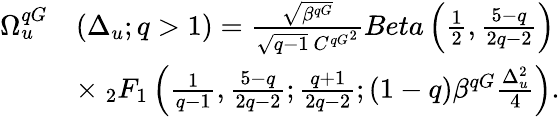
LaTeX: \begin{array}{rl}{\Omega_{u}^{qG}}&{\left(\Delta_{u};q>1\right)=\frac{\sqrt{\beta^{qG}}}{\sqrt{q-1}\ {C^{qG}}^{2}}Beta\left(\frac{1}{2},\frac{5-q}{2q-2}\right)}\\ &{\times\ _{2}F_{1}\left(\frac{1}{q-1},\frac{5-q}{2q-2};\frac{q+1}{2q-2};(1-q)\beta^{qG}\frac{\Delta_{u}^{2}}{4}\right).}\end{array}